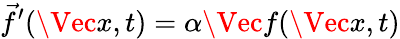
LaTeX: \vec{f}^{\prime}(\Vec{x},t)=\alpha\Vec{f}(\Vec{x},t)